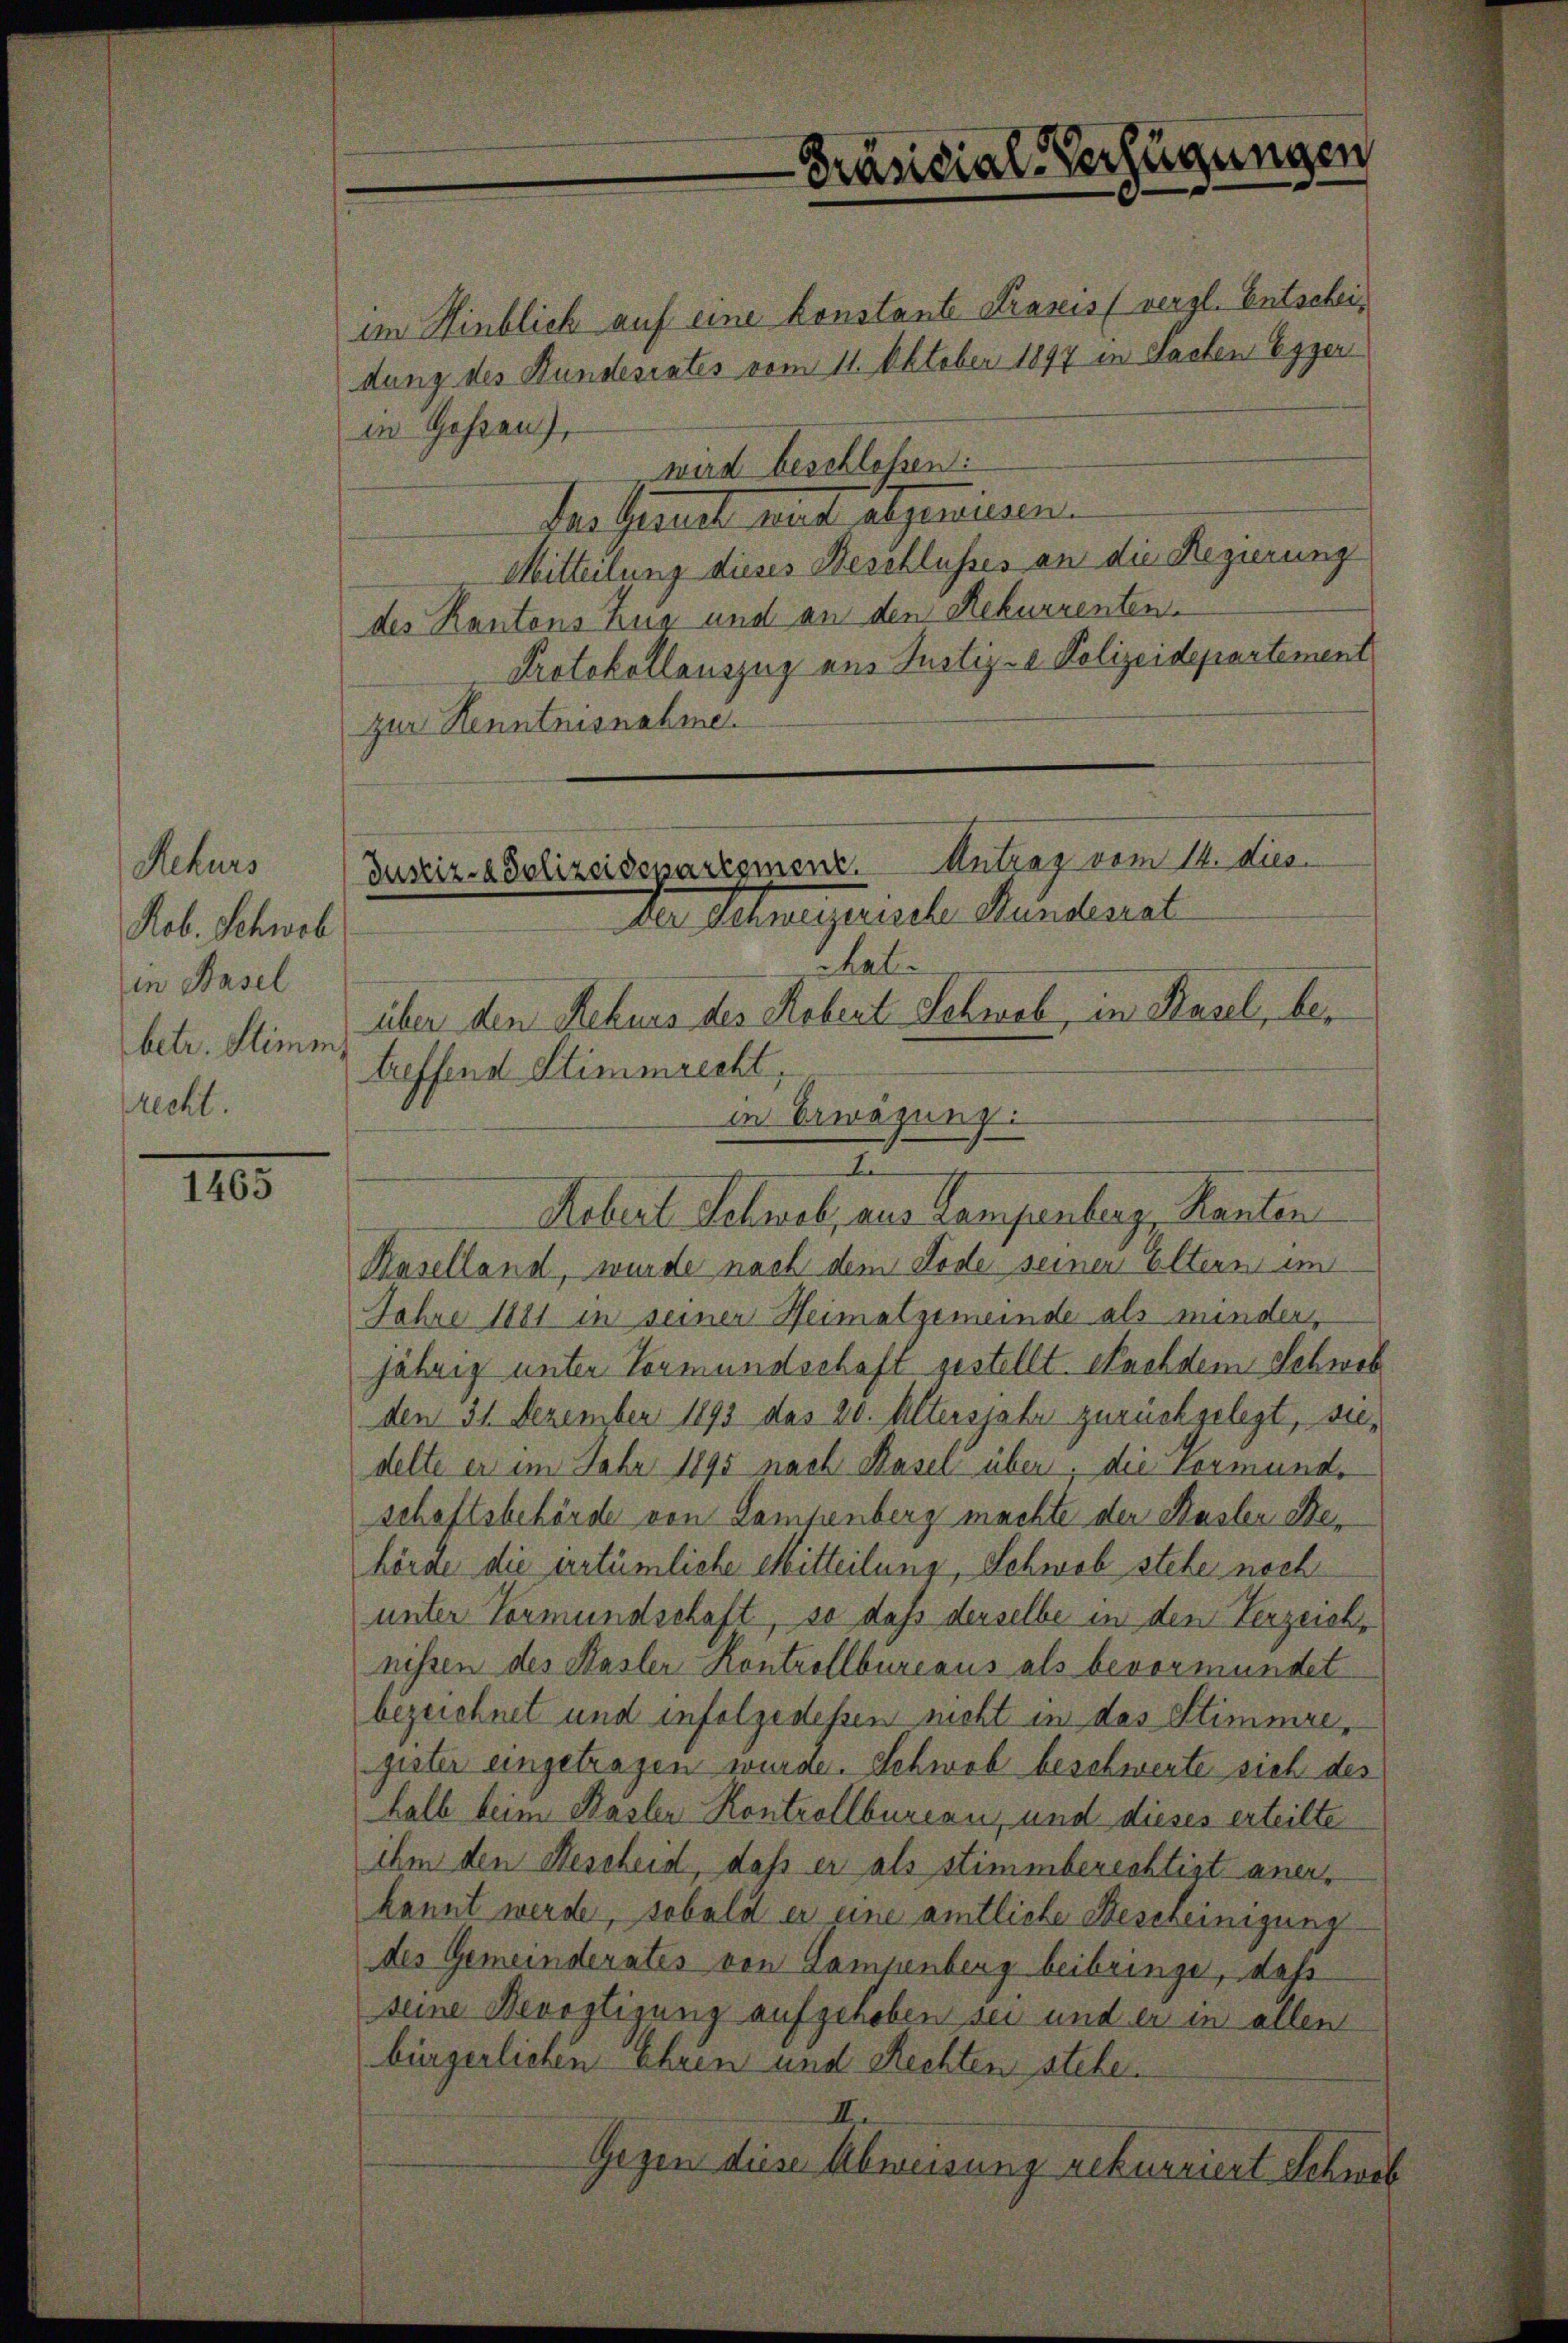
Rekurs
Kob. Schweb
in Basel
betr. Stimm
recht.

1465

Präsidial-Verfügungen

im Hinblich auf eine Konstante Praxis (vergl. Entscheidung des Bundesrates vom 11. Oktober 1897 in Sachen Egger
in Gehren,
wird beschlossen:
das Gesuch mit abgewissen.
Mitteilung dieses Beschlusses an die Regierung
des Kantons Zug und an den Rekurrenten.
Protokollauszug aus Justiz- Polizeidepartement
zur Henntnisnahme.

Antrag vom 14. dies
Justiz- & Polizeidepartement.
Der Schweizerische Kindesrat

al
über den Rekurs des Kobert Schwab, in Kasel, betreffend Stimmrecht,
in Erwägung

Baselland, wurde nach dem Tode seiner Eltern und
Jahre 1881 in seiner Heimatgemeinde als minder,
jährig unter Vormundschaft gestellt. Nachdem Schweb
den 31. Dezember 1893 das 20. Altersjahr zurückgelegt, sudelte er im Jahr 1895 nach Basel über; die Vormunde
schaftsbehörde von Lampenberg machte der Basler Behörde die irrtümliche Mitteilung, Schweb stehe noch
unter Vormundschaft, so daß derselbe in den Verzeich,
nissen des Kasler Kontrollbureaus als bevormundet
bezeichnet und infolgedessen nicht in das Stimmregister eingetragen wurde. Schweb beschwerte sich des
halb beim Basler Kontrollbureau, und dieses erteilte
ihm den Bescheid, daß er als stimmberechtigt anerkannt werde, sobald er eine amtliche Bescheinigung
des Gemeinderates von Lampenberg beibringe, daß
seine Bevogtigung aufgehoben sei und er in allen
bürgerlichen Ehren und Rechten stehe.
II.
Gegen diese Abweisung rekurriert Schweb

d
Robert Schweb, aus Campenberg, Kanten